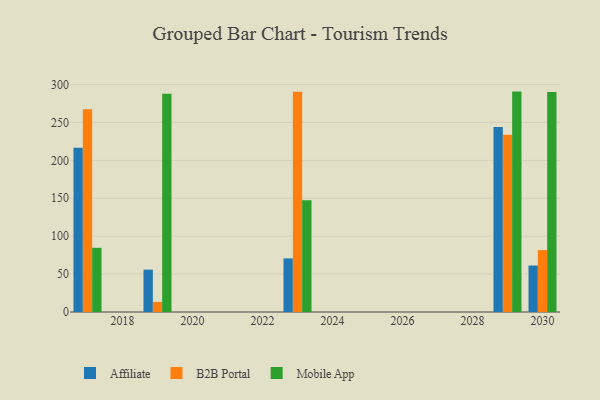
{"axis": {"x": "Year", "y": "Operating Costs (USD K)"}, "legend": ["Affiliate", "B2B Portal", "Mobile App"], "data": [{"x": "2019", "y": 55.9, "type": "Affiliate"}, {"x": "2019", "y": 13.3, "type": "B2B Portal"}, {"x": "2019", "y": 287.8, "type": "Mobile App"}, {"x": "2030", "y": 61.3, "type": "Affiliate"}, {"x": "2030", "y": 81.7, "type": "B2B Portal"}, {"x": "2030", "y": 290.3, "type": "Mobile App"}, {"x": "2029", "y": 244.1, "type": "Affiliate"}, {"x": "2029", "y": 233.8, "type": "B2B Portal"}, {"x": "2029", "y": 290.7, "type": "Mobile App"}, {"x": "2017", "y": 216.6, "type": "Affiliate"}, {"x": "2017", "y": 267.3, "type": "B2B Portal"}, {"x": "2017", "y": 84.7, "type": "Mobile App"}, {"x": "2023", "y": 70.7, "type": "Affiliate"}, {"x": "2023", "y": 290.6, "type": "B2B Portal"}, {"x": "2023", "y": 147.5, "type": "Mobile App"}]}